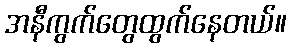
အနီကွက်တွေထွက်နေတယ်။